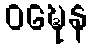
ဝဍ္ဎေန